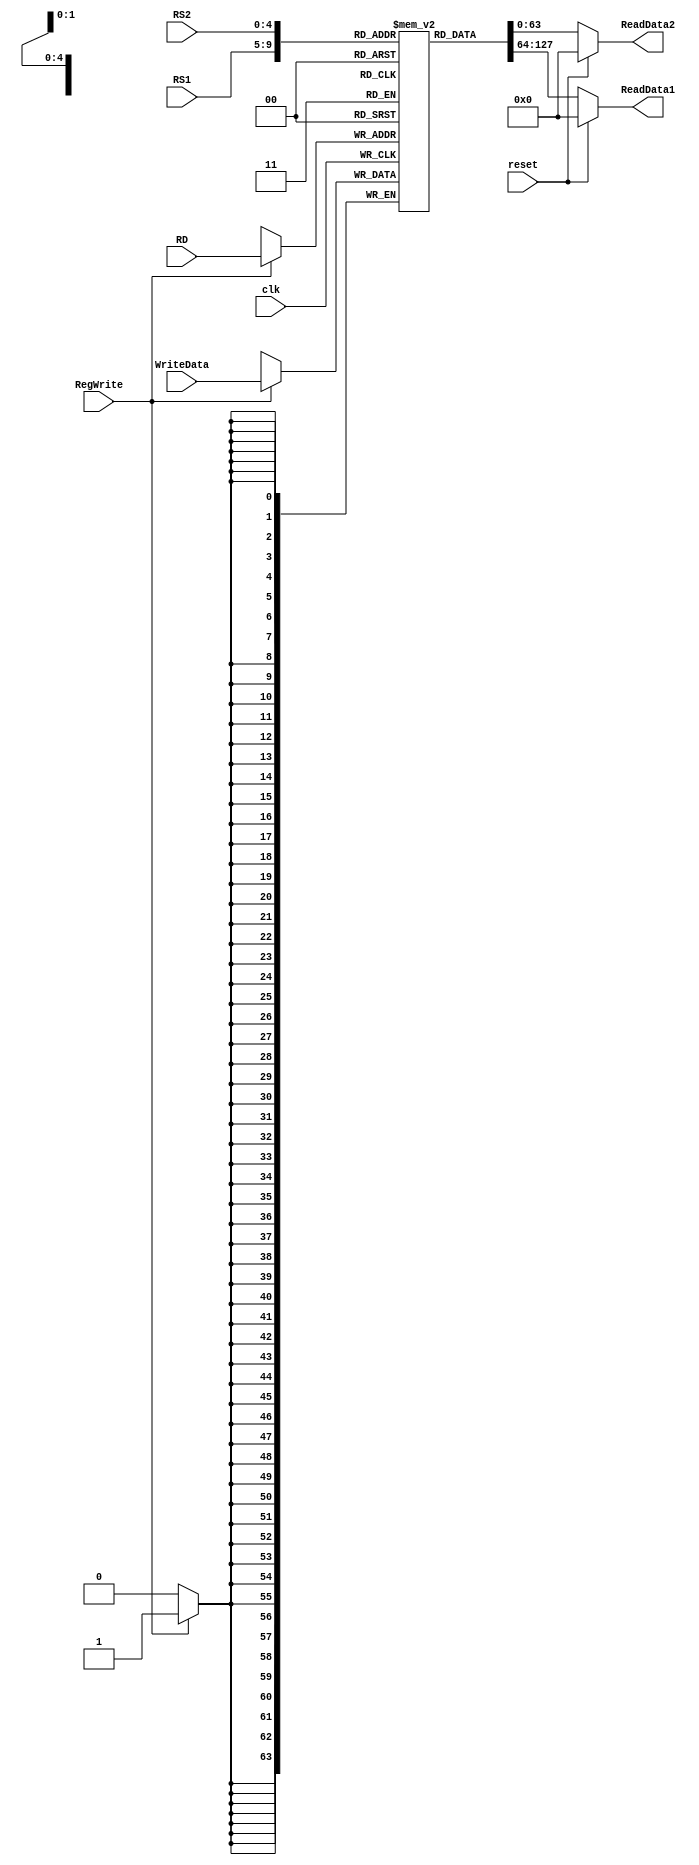
module registerFile  (    
    input [63:0] WriteData, input [4:0] RS1, input [4:0] RS2,   
    input [4:0] RD,   
    input RegWrite,   
    input clk,   
    input reset,   
    output reg [63:0] ReadData1,   
    output reg [63:0] ReadData2  
);   

reg [63:0] Registers [31:0];
integer i;
initial
begin
//    Registers[0] <= 0;
    for (i = 0; i < 32; i = i + 1)
        Registers[i] <= i;
end

always @(negedge clk)
begin
    if (RegWrite)
        Registers[RD] = WriteData;
end

always @(*)
begin
    if (reset)
     begin
        ReadData1 = 0;
        ReadData2 = 0;
     end
     else
        begin
            ReadData1 = Registers[RS1];
            ReadData2 = Registers[RS2];
        end
end


endmodule